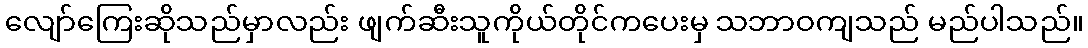
လျော်ကြေးဆိုသည်မှာလည်း ဖျက်ဆီးသူကိုယ်တိုင်ကပေးမှ သဘာဝကျသည် မည်ပါသည်။